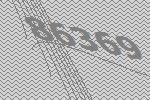
86369